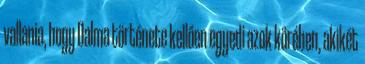
vallania, hogy Dalma története kellően egyedi azok körében, akikét